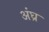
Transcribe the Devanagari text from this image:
अंघ्र